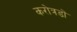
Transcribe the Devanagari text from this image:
करोत्रडों